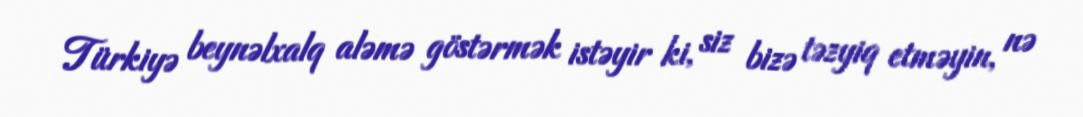
Türkiyə beynəlxalq aləmə göstərmək istəyir ki, siz bizə təzyiq etməyin, nə